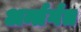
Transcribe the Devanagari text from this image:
अर्न्तर्गत